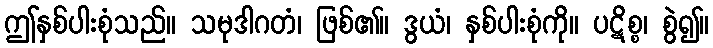
ဤနှစ်ပါးစုံသည်။ သမုဒါဂတံ၊ ဖြစ်၏။ ဒွယံ၊ နှစ်ပါးစုံကို။ ပဋိစ္စ၊ စွဲ၍။